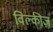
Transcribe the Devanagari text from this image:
विल्कीज़